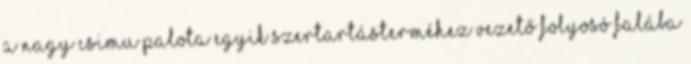
a Nagy Csimu palota egyik szertartásterméhez vezető folyosó falába